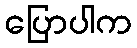
ပြောပါက